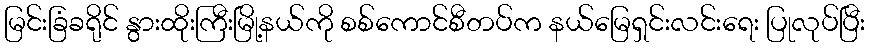
မြင်းခြံခရိုင် နွားထိုးကြီးမြို့နယ်ကို စစ်ကောင်စီတပ်က နယ်မြေရှင်းလင်းရေး ပြုလုပ်ပြီး